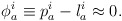
\begin{align*}\phi _{a}^{i}\equiv p_{a}^{i}-l_{a}^{i}\approx 0. \end{align*}